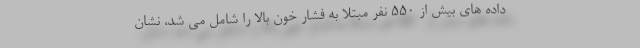
داده های بیش از 550 نفر مبتلا به فشار خون بالا را شامل می شد، نشان